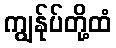
ကျွန်ုပ်တို့ထံ